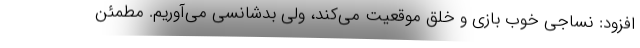
افزود: نساجی خوب بازی و خلق موقعیت می‌کند، ولی بدشانسی می‌آوریم. مطمئن